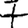
Digit: 7